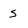
Character: s